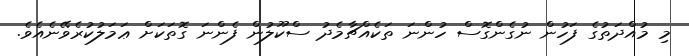
މި މުއްދަތުގެ ފަހުން ނުގެންގޮސް ހުންނަ ތަކެއްޗާމެދު ސްކޫލުން ފެންނަ ގޮތަކަށް ޢަމަލުކުރެވޭނެއެވެ.